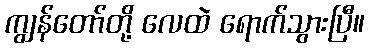
ကျွန်တော်တို့ လေထဲ ရောက်သွားပြီ။